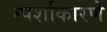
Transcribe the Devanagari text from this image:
स्पर्शाकारणे